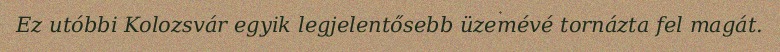
Ez utóbbi Kolozsvár egyik legjelentősebb üzemévé tornázta fel magát.